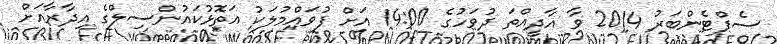
ސެޕްޓެންބަރު 2014 ވާ އާދީއްތަ ދުވަހުގެ 14:00 އަށް ފުވައްމުލަކު އަތޮޅުކައުންސިލްގެ އިދާރާއަށް